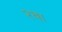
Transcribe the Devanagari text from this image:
२चा